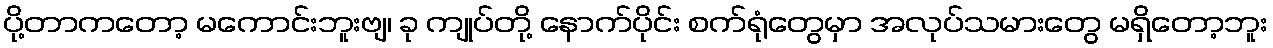
ပို့တာကတော့ မကောင်းဘူးဗျ၊ ခု ကျုပ်တို့ နောက်ပိုင်း စက်ရုံတွေမှာ အလုပ်သမားတွေ မရှိတော့ဘူး